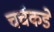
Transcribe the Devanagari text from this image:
चर्चकडे